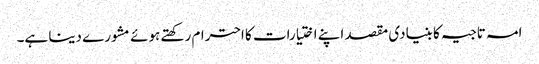
امہ تاجیہ کا بنیادی مقصد اپنے اختیارات کا احترام رکھتے ہوئے مشورے دینا ہے۔